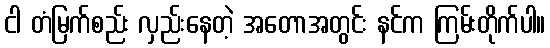
ငါ တံမြက်စည်း လှည်းနေတဲ့ အတောအတွင်း နင်က ကြမ်းတိုက်ပါ။